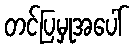
တင်ပြမှုအပေါ်